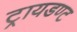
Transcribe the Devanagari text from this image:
ट्रायडण्ट